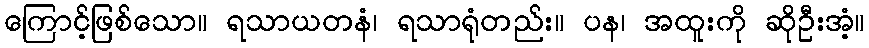
ကြောင့်ဖြစ်သော။ ရသာယတနံ၊ ရသာရုံတည်း။ ပန၊ အထူးကို ဆိုဦးအံ့။